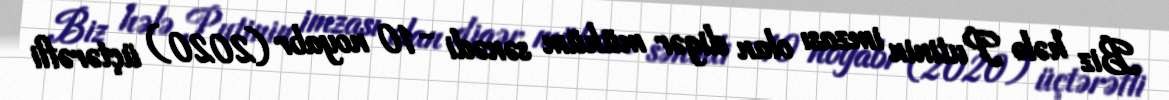
Biz hələ Putinin imzası olan digər mühüm sənədi - 10 noyabr (2020) üçtərəfli